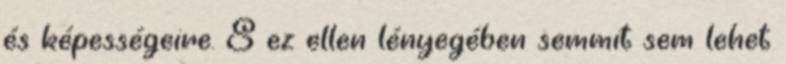
és képességeire. S ez ellen lényegében semmit sem lehet